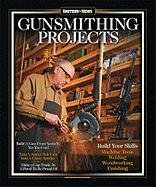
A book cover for Shotgun News Gunsmithing Projects Book; Shotgun News Staff; Crafts, Hobbies & Home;